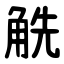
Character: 䚚